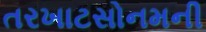
તરખાટસોનમની